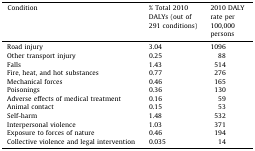
<table><thead><tr><td><b>Condition</b></td><td><b>% Total 2010 DALYs (out of 291 conditions)</b></td><td><b>2010 DALY rate per 100,000 persons</b></td></tr></thead><tbody><tr><td>Road injury</td><td>3.04</td><td>1096</td></tr><tr><td>Other transport injury</td><td>0.25</td><td>88</td></tr><tr><td>Falls</td><td>1.43</td><td>514</td></tr><tr><td>Fire, heat, and hot substances</td><td>0.77</td><td>276</td></tr><tr><td>Mechanical forces</td><td>0.46</td><td>165</td></tr><tr><td>Poisonings</td><td>0.36</td><td>130</td></tr><tr><td>Adverse effects of medical treatment</td><td>0.16</td><td>59</td></tr><tr><td>Animal contact</td><td>0.15</td><td>53</td></tr><tr><td>Self-harm</td><td>1.48</td><td>532</td></tr><tr><td>Interpersonal violence</td><td>1.03</td><td>371</td></tr><tr><td>Exposure to forces of nature</td><td>0.46</td><td>194</td></tr><tr><td>Collective violence and legal intervention</td><td>0.035</td><td>14</td></tr></tbody></table>